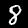
Digit: 8